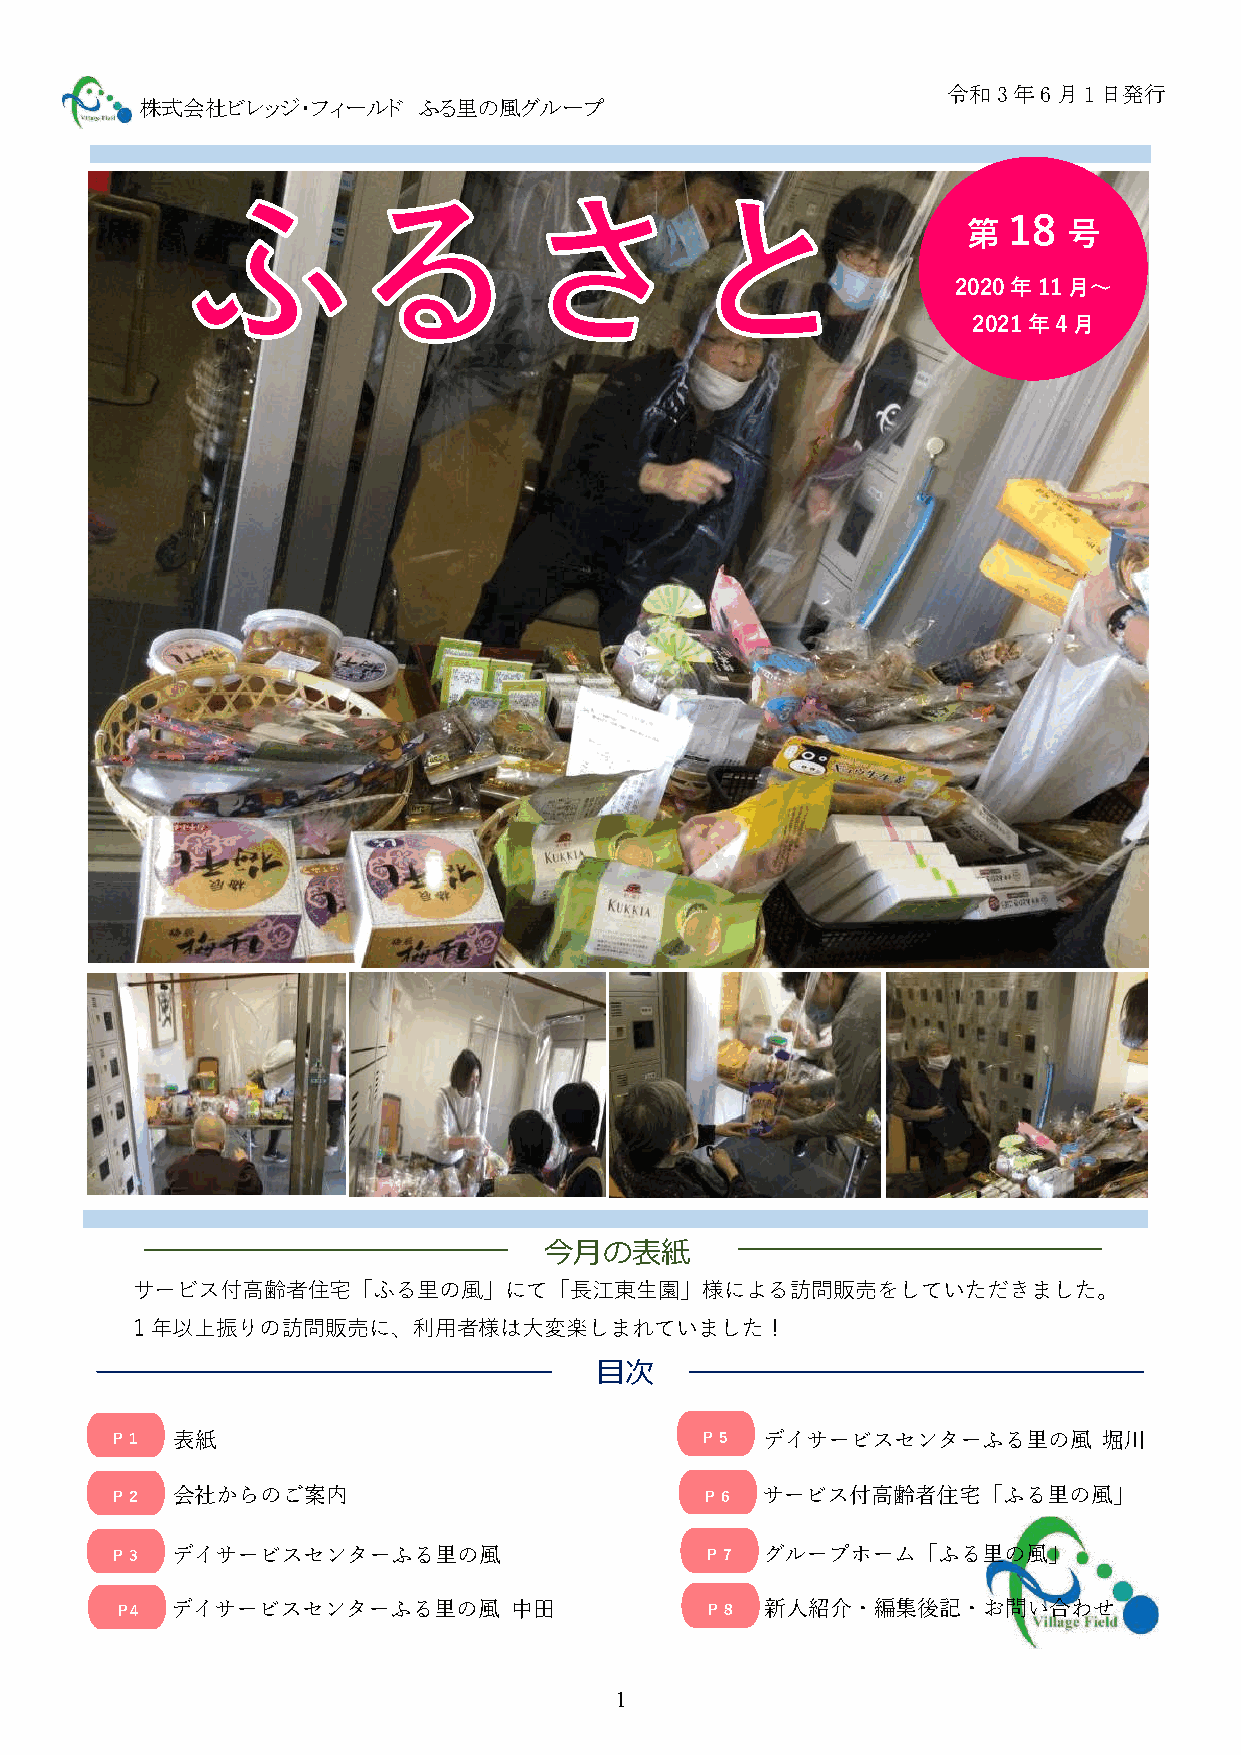
令和3年6月1日発行
 株式会社ビレッジ・フィールド     ふる里の風グループ
 第
 18
 号
 2020年11月～
 2021年4月
 今月の表紙
 サービス付高齢者住宅「ふる里の風」にて「長江東生園」様による訪問販売をしていただきました。
 1年以上振りの訪問販売に、利用者様は大変楽しまれていました！
 目次
 Ｐ１  表紙                                 Ｐ５  デイサービスセンターふる里の風        堀川
 Ｐ２  会社からのご案内                            Ｐ６ サービス付高齢者住宅「ふる里の風」
 Ｐ３  デイサービスセンターふる里の風                     Ｐ７ グループホーム「ふる里の風」
 Ｐ4 デイサービスセンターふる里の風        中田           Ｐ８  新人紹介・編集後記・お問い合わせ
 1